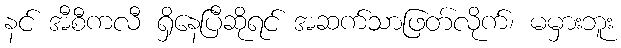
နင် အီစီကလီ ရှိနေပြီဆိုရင် အဆက်သာဖြတ်လိုက်၊ မမှားဘူး